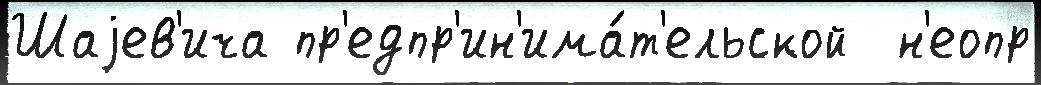
Шаjев'ича пр'едпр'ин'има́т'ельской  н'еопр